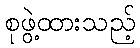
စုဖွဲ့ထားသည့်